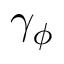
\gamma _ { \phi }